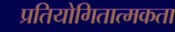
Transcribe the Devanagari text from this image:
प्रतियोगितात्मकता